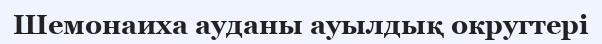
Шемонаиха ауданы ауылдық округтері